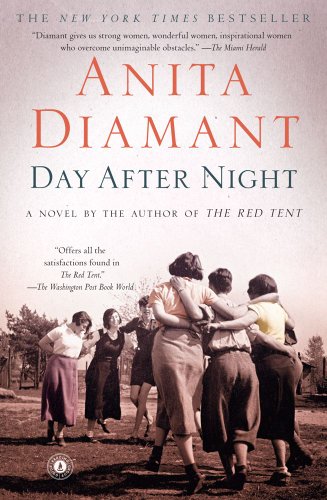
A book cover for Day After Night: A Novel; Anita Diamant; Literature & Fiction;